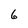
Character: 6